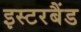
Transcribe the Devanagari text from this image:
इस्टरबैंड